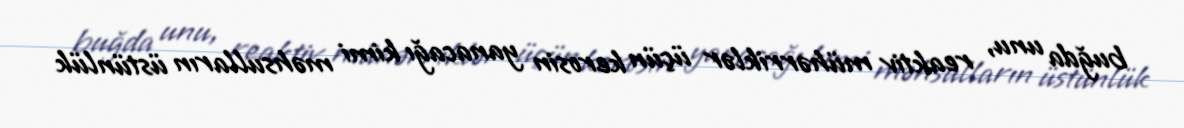
buğda unu, reaktiv mühərriklər üçün kerosin yanacağı kimi məhsulların üstünlük